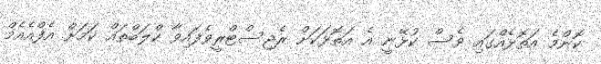
ކޮންމެ އަތޮޅެއްގައި ވެސް ކުޅޭނީ އެ އަތޮޅަކަށް ރެޖިސްޓްރީވެފައިވާ ކްލަބްތައް ކަަމަށް އެފްއެއެމް